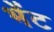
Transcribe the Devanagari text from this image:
भेेंट